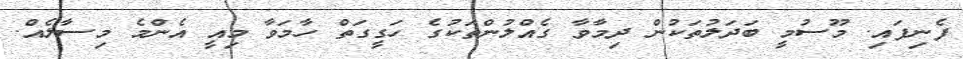
ފެނިފައި. މޫސުމީ ބަދަލުތަކުން ދިމާވާ ގެއްލުންތަކުގެ ހަގީގަތް ހާމަވާ މިއީ އެންމެ މިސާލެއް.